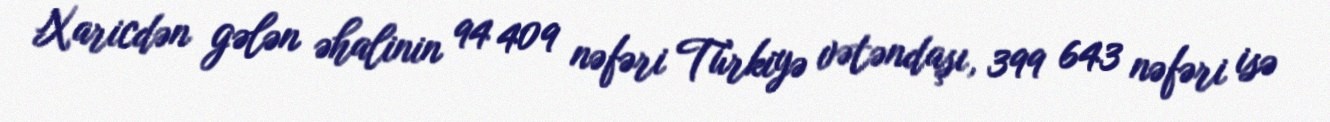
Xaricdən gələn əhalinin 94 409 nəfəri Türkiyə vətəndaşı, 399 643 nəfəri isə